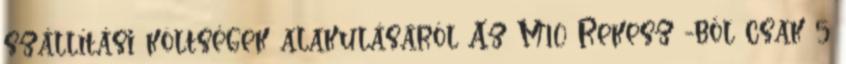
szállítási költségek alakulásáról Az M10 Rekesz -ből csak 5